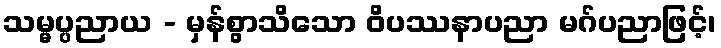
သမ္မပ္ပညာယ - မှန်စွာသိသော ဝိပဿနာပညာ မဂ်ပညာဖြင့်၊